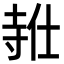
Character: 𪧸